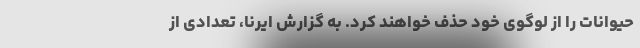
حیوانات را از لوگوی خود حذف خواهند کرد. به گزارش ایرنا، تعدادی از